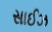
સાઈઝ